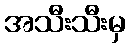
အသီးသီးမှ